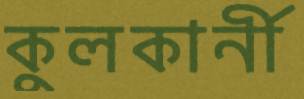
কুলকার্নী